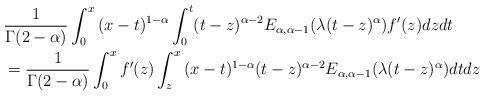
LaTeX: \begin{align*}&\frac{1}{\Gamma(2-\alpha)}\int_0^x{(x-t)^{1-\alpha}}\int_0^t (t-z)^{\alpha - 2} E_{\alpha, \alpha-1}(\lambda (t-z)^{\alpha})f'(z)dz dt\\& = \frac{1}{\Gamma(2-\alpha)}\int_0^xf'(z)\int_z^x {(x-t)^{1-\alpha}}(t-z)^{\alpha - 2}E_{\alpha, \alpha-1}(\lambda (t-z)^{\alpha}) dtdz\end{align*}